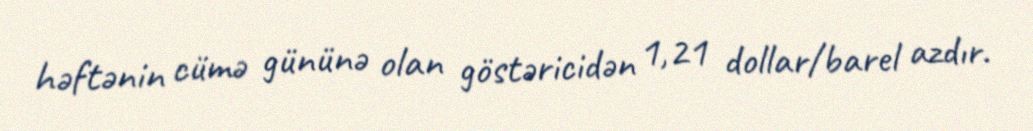
həftənin cümə gününə olan göstəricidən 1,21 dollar/barel azdır.